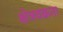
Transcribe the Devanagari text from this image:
क्षेत्रवक्रता